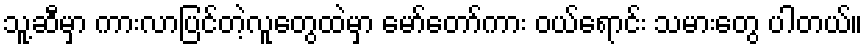
သူ့ဆီမှာ ကားလာပြင်တဲ့လူတွေထဲမှာ မော်တော်ကား ဝယ်ရောင်း သမားတွေ ပါတယ်။